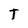
Character: T